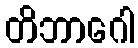
တိဘာဂေါ